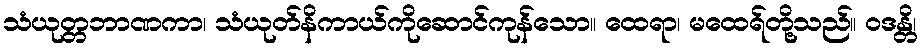
သံယုတ္တဘာဏကာ၊ သံယုတ်နိကာယ်ကိုဆောင်ကုန်သော။ ထေရာ၊ မထေရ်တို့သည်။ ဝဒန္တိ၊